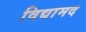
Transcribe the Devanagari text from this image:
विद्यामद